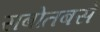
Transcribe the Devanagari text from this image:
सबोतबसे